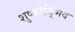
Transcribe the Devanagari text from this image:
शुष्कोद्भिद